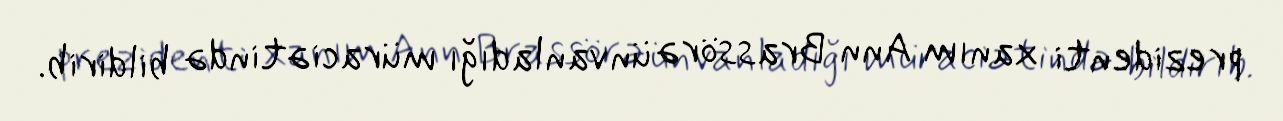
prezidenti xanım Ann Brassörə ünvanladığı müraciətində bildirib.